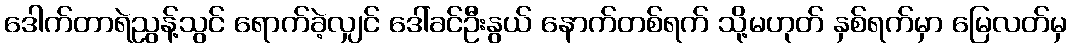
ဒေါက်တာရဲညွန့်သွင် ရောက်ခဲ့လျှင် ဒေါ်ခင်ဦးနွယ် နောက်တစ်ရက် သို့မဟုတ် နှစ်ရက်မှာ မြေလတ်မှ